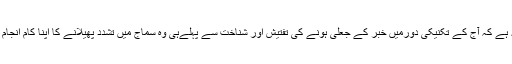
اس کی ایک وجہ یہ ہے کہ آج کے تکنیکی دورمیں خبر کے جعلی ہونے کی تفتیش اور شناخت سے پہلےہی وہ سماج میں تشدّد پھیلانے کا اپنا کام انجام دے چکی ہوتی ہے۔